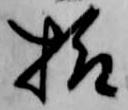
様